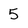
Character: 5